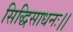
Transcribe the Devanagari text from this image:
सिद्धिसाधनः।।